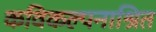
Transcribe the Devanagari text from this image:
कविकल्पनाश्रित